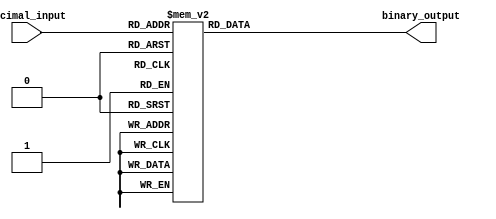
module DecimalToBinaryEncoder (
    input [3:0] decimal_input,  // 4-bit input representing a decimal digit (0-9)
    output reg [3:0] binary_output // 4-bit output representing the binary equivalent
);

always @(*) begin
    case (decimal_input)
        4'b0000: binary_output = 4'b0000; // 0
        4'b0001: binary_output = 4'b0001; // 1
        4'b0010: binary_output = 4'b0010; // 2
        4'b0011: binary_output = 4'b0011; // 3
        4'b0100: binary_output = 4'b0100; // 4
        4'b0101: binary_output = 4'b0101; // 5
        4'b0110: binary_output = 4'b0110; // 6
        4'b0111: binary_output = 4'b0111; // 7
        4'b1000: binary_output = 4'b1000; // 8
        4'b1001: binary_output = 4'b1001; // 9
        default: binary_output = 4'b0000; // Invalid input (10-15)
    endcase
end

endmodule